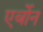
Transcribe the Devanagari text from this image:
एर्बोन